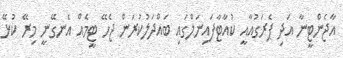
އާޖެންޓީނާ އަދި ޕެރަގުއާއީ ކުއާޓާފައިނަލްގައި ބައްދަލުކުރަން ޖެހޭ ޓީމެއް އެނގޭނީ މިރޭ ކުޅޭ